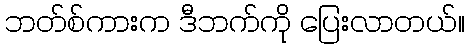
ဘတ်စ်ကားက ဒီဘက်ကို ပြေးလာတယ်။